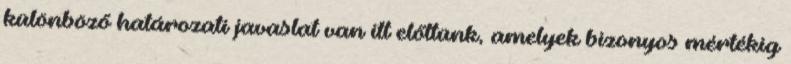
különböző határozati javaslat van itt előttünk, amelyek bizonyos mértékig